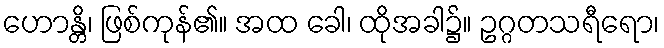
ဟောန္တိ၊ ဖြစ်ကုန်၏။ အထ ခေါ၊ ထိုအခါ၌။ ဥဂ္ဂတသရီရော၊